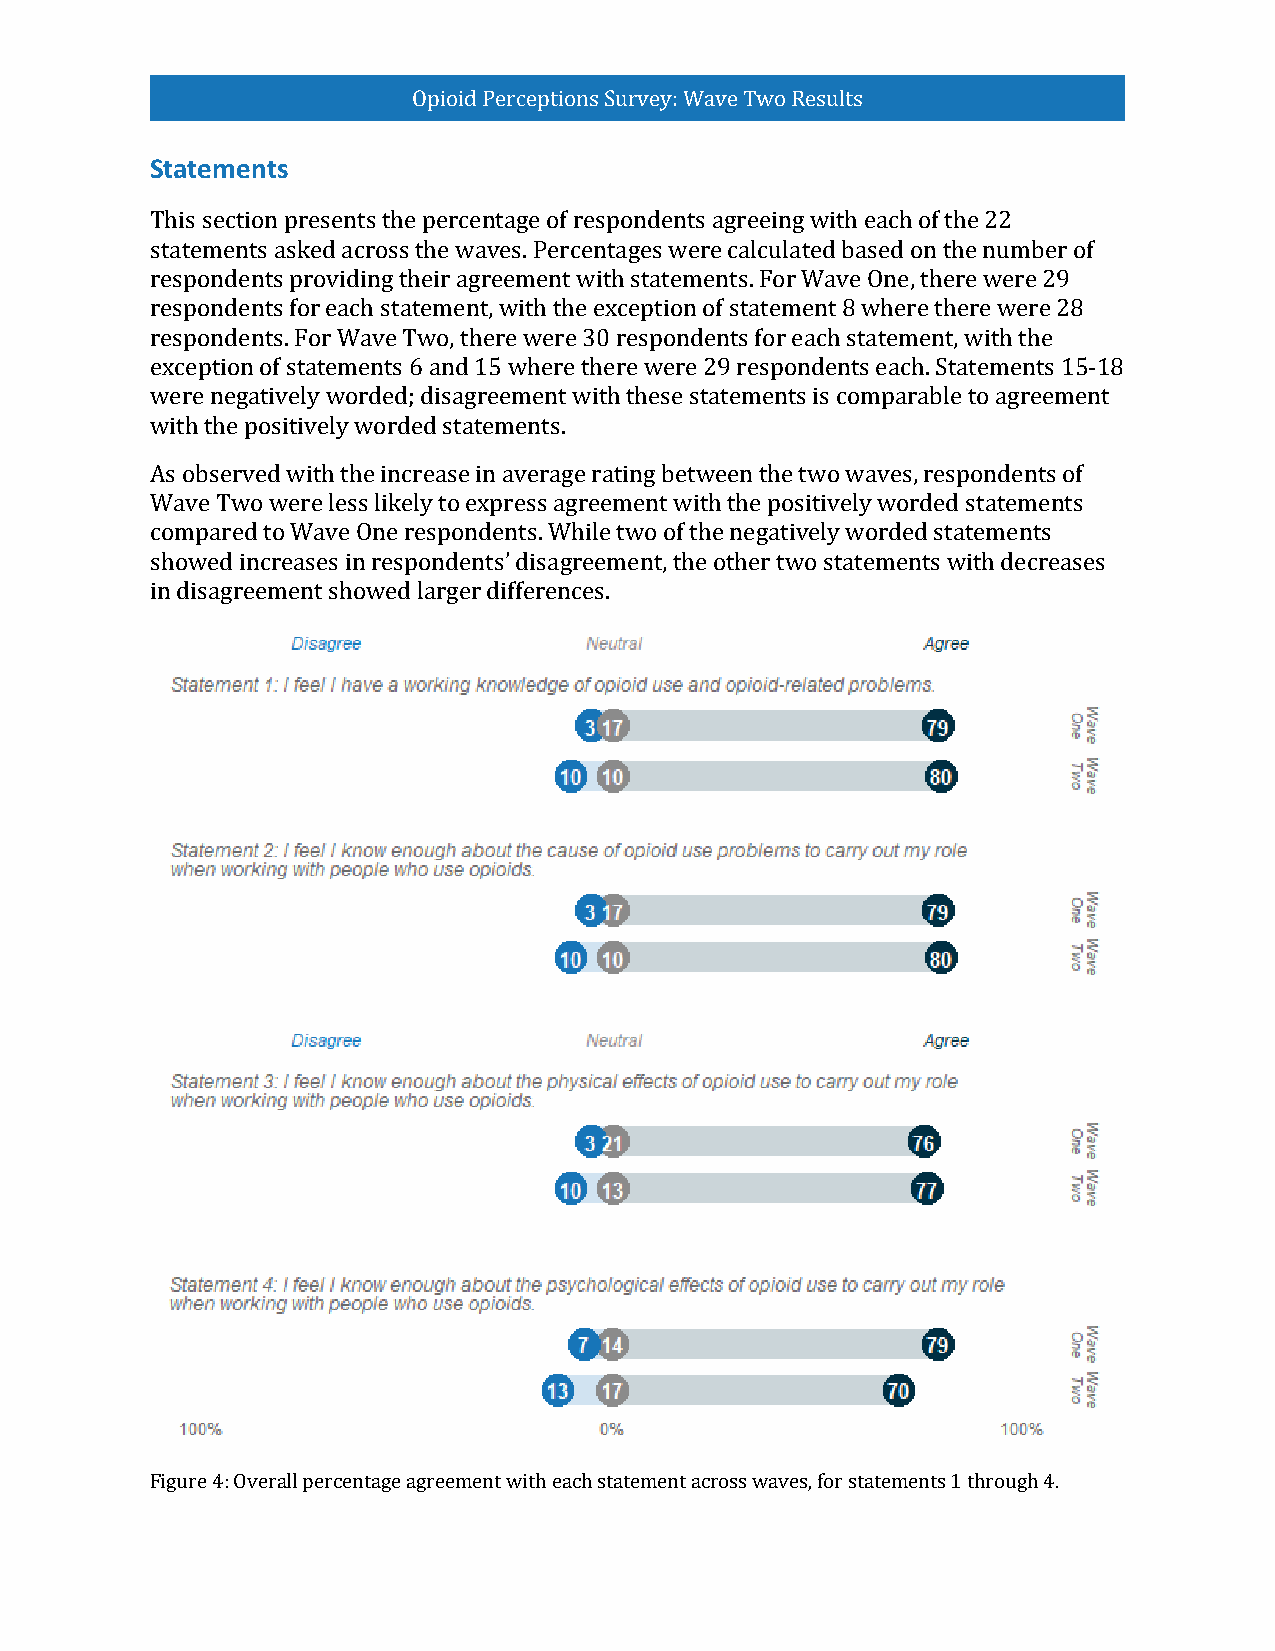
Opioid Perceptions Survey: Wave Two Results
 Statements
 This section presents the percentage of respondents agreeing with each of the 22
 statements asked across the waves. Percentages were calculated based on the number of
 respondents providing their agreement with statements. For Wave One, there were 29
 respondents for each statement, with the exception of statement 8 where there were 28
 respondents. For Wave Two, there were 30 respondents for each statement, with the
 exception of statements 6 and 15 where there were 29 respondents each. Statements 15-18
 were negatively worded; disagreement with these statements is comparable to agreement
 with the positively worded statements.
 As observed with the increase in average rating between the two waves, respondents of
 Wave Two were less likely to express agreement with the positively worded statements
 compared to Wave One respondents. While two of the negatively worded statements
 showed increases in respondents’ disagreement, the other two statements with decreases
 in disagreement showed larger differences.
 Figure 4: Overall percentage agreement with each statement across waves, for statements 1 through 4.